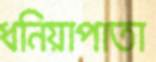
ধনিয়াপাতা